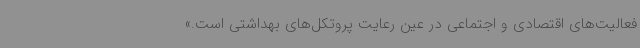
فعالیت‌های اقتصادی و اجتماعی در عین رعایت پروتکل‌های بهداشتی است.»